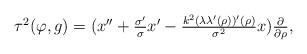
LaTeX: \begin{align*}\begin{array}{lll}\tau^2(\varphi,g)=(x''+\frac{\sigma'}{\sigma}x'-\frac{k^2(\lambda\lambda'(\rho))'(\rho)}{\sigma^2}x)\frac{\partial}{\partial\rho},\\\end{array}\end{align*}